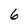
Character: 6